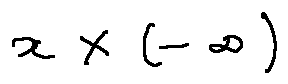
x \times ( - \infty )